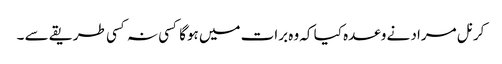
کرنل مراد نے وعدہ کیا کہ وہ برات میں ہوگا کسی نہ کسی طریقے سے ۔